Vabadussoja_Ajaloo_Komitee, lk 10
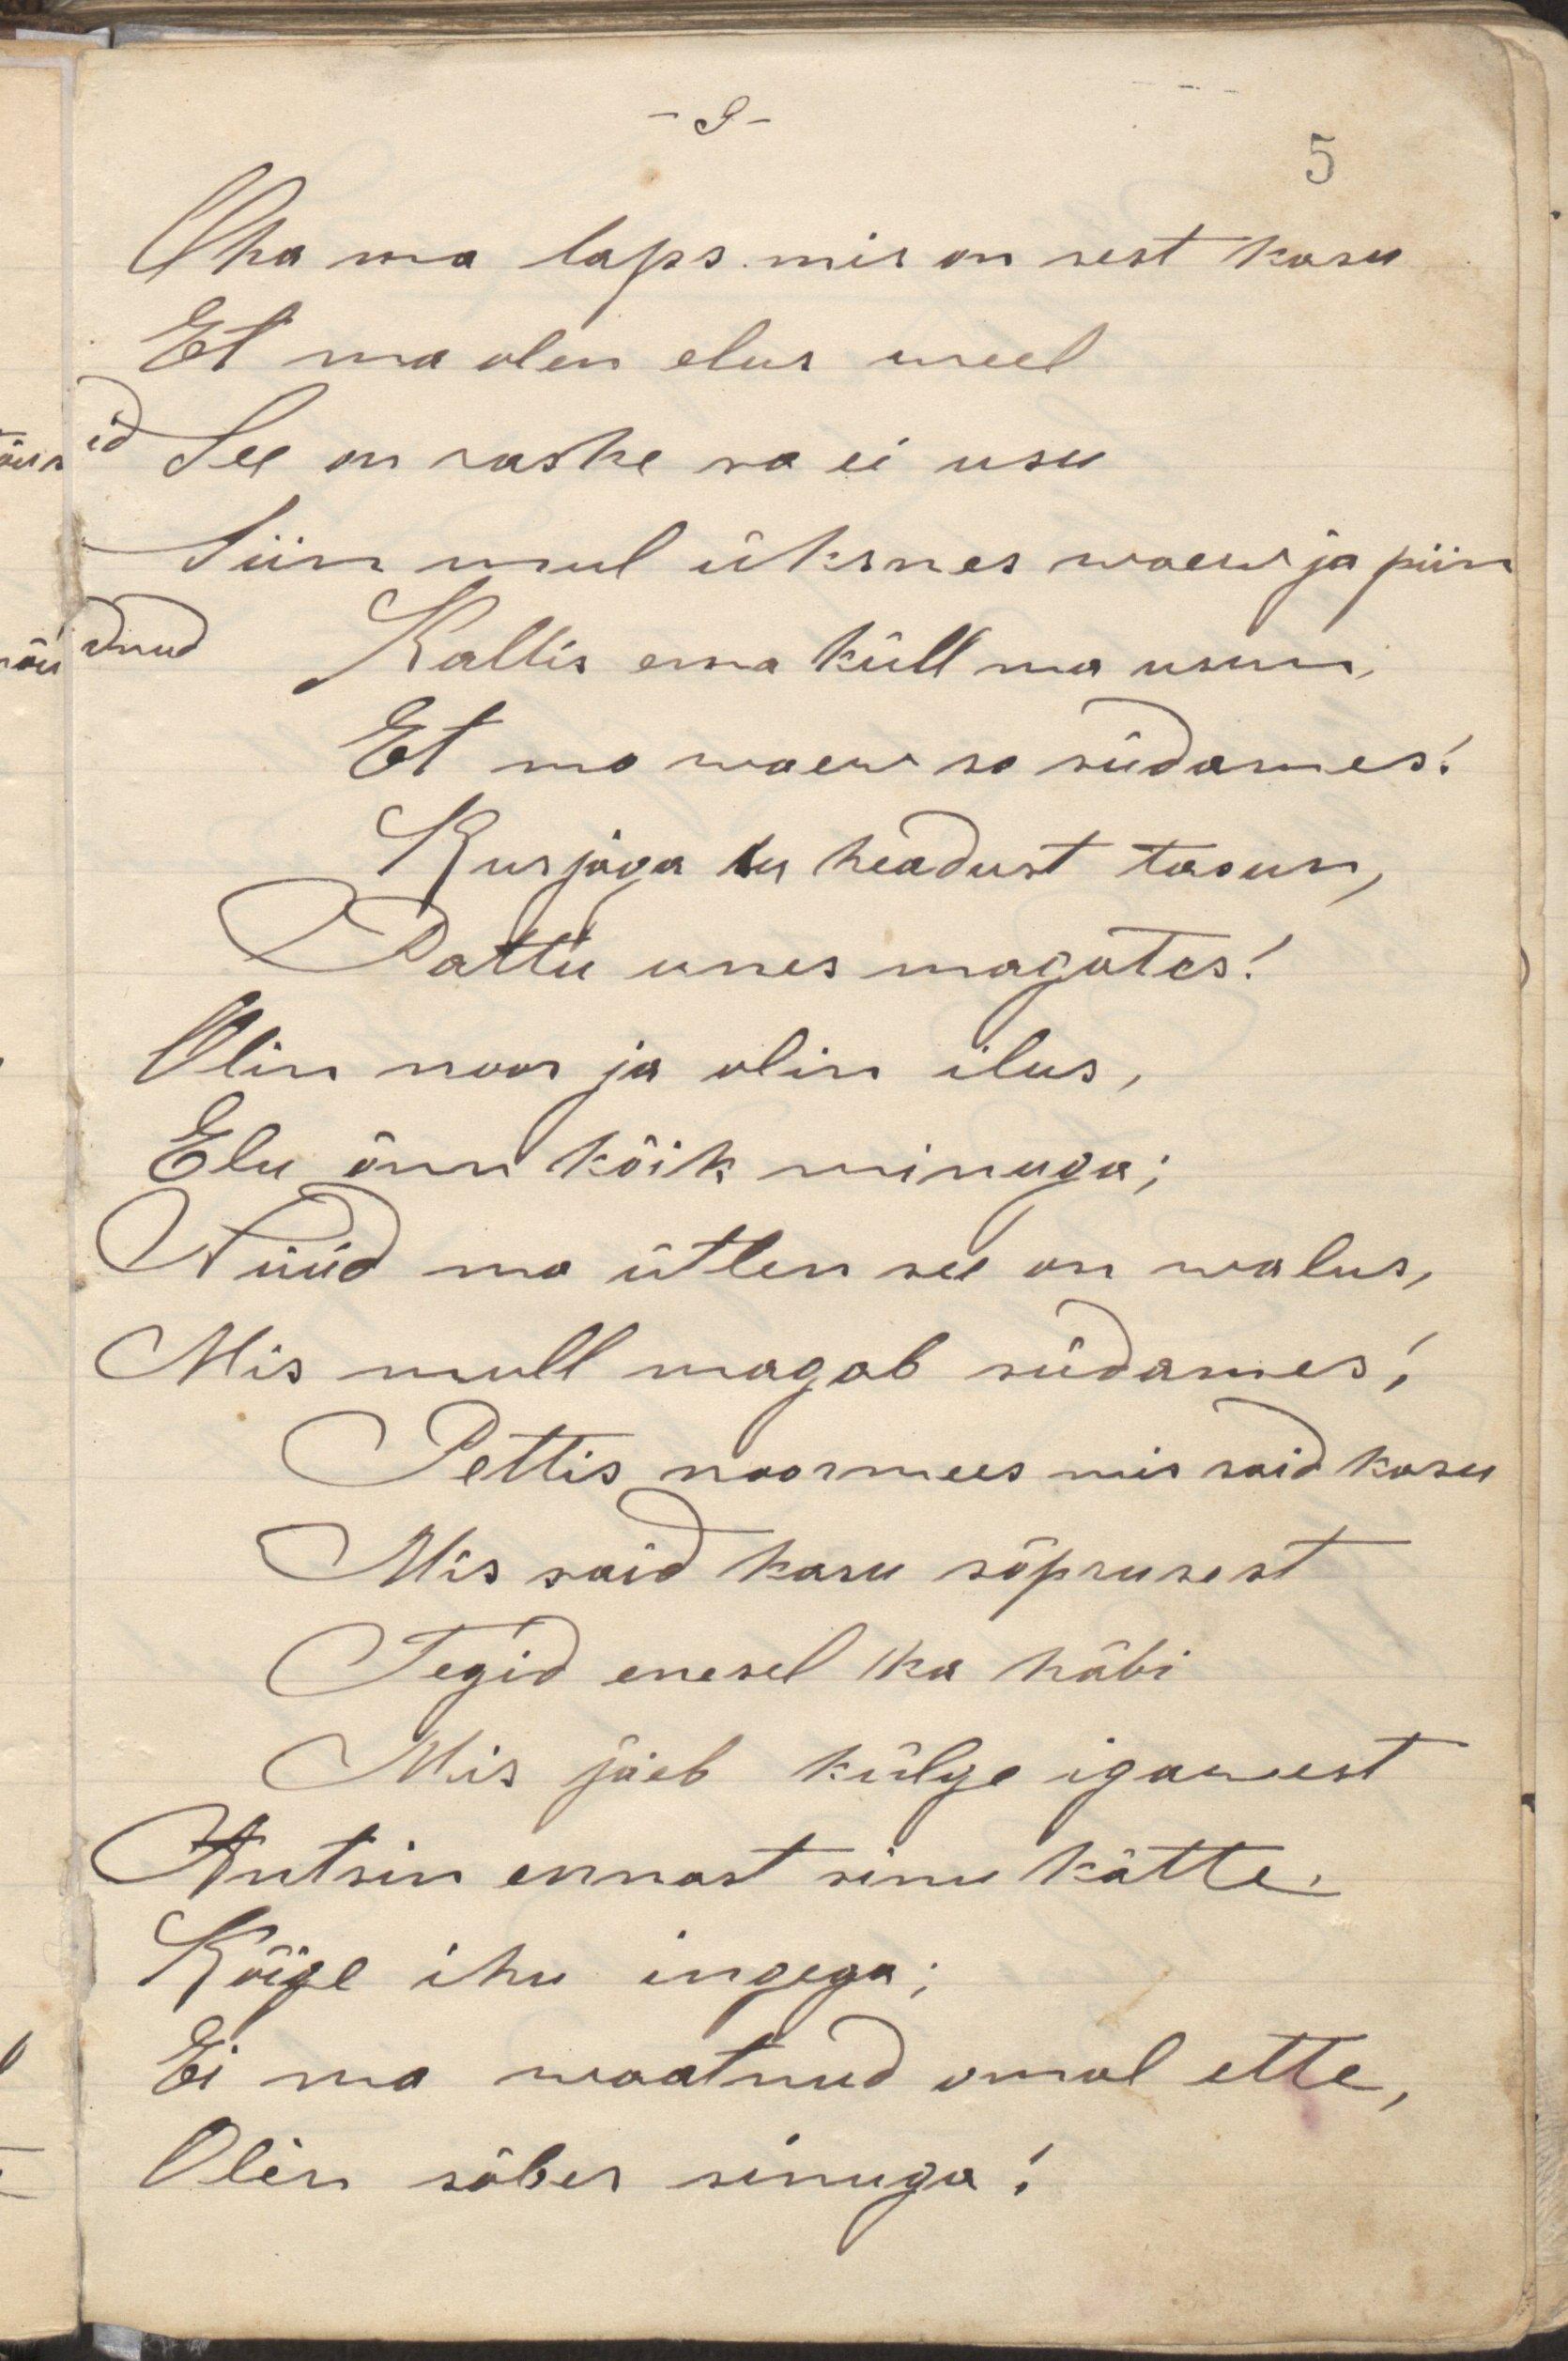
Oha mu laps mis on sest kasu
Et ma olen elus weel
See on raske sa ei usu
Siin mul üksnes waew ja piin
Kallis ema küll ma usun,
Et ma waew su südames!
Kus jaos su headust taoun,
Pattu unes magates!
Olin noor ja olin ilus,
Elu õnn kõik minuga;
Nüüd ma ütlen see on walus,
Mis mull magab südames!
Pettis noormees mis said kasu
Mis said kasu sõprusest
Tegid enesel ka häbi
Mis jäeb külge igavest
Antsin ennast sinu kätte,
Kõige ihu ingega;
Ei ma waatnud omal ette,
Olin sõber sinuga!